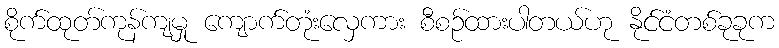
စိုက်ထုတ်ကုန်ကျမှု ကျောက်တုံးလှေကား စီစဉ်ထားပါတယ်ဟု နိုင်ငံတစ်ခုခုက